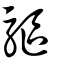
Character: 𢿛